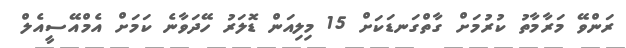
ރަންވޭ މަރާމާތު ކުރުމަށް ގާތްގަނޑަކަށް 15 މިލިއަން ޑޮލަރު ހޭދަވާނެ ކަމަށް އެމްއޭސީއެލް